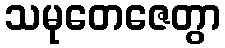
သမုတေဇေတွာ